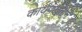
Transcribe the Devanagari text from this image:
कार्यपद्धतीने